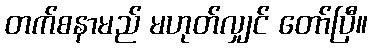
တက်စနာမည် မဟုတ်လျှင် တော်ပြီ။